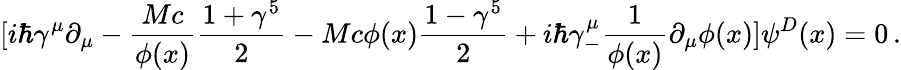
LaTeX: [i\hbar\gamma^{\mu}\partial_{\mu}-{\frac{Mc}{\phi(x)}}{\frac{1+\gamma^{5}}{2}}-Mc\phi(x){\frac{1-\gamma^{5}}{2}}+i\hbar\gamma_{-}^{\mu}{\frac{1}{\phi(x)}}\partial_{\mu}\phi(x)]\psi^{D}(x)=0\, .